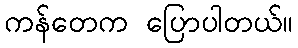
ကန်တေက ပြောပါတယ်။